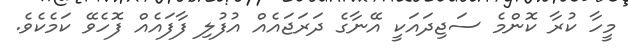
މީހާ ކުރާ ކޮންމެ ސަޖިދައަކީ އޭނާގެ ދަރަޖައެއް އުފުލި ފާފައެއް ފޮހެވޭ ކަމެކެވެ.